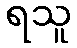
ရသူ